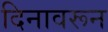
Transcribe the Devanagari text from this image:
दिनावरून